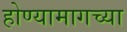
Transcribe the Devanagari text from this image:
होण्यामागच्या